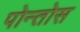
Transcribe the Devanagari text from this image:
पोन्तोस